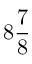
8 \frac 7 8